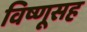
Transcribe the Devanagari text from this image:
विष्णूसह